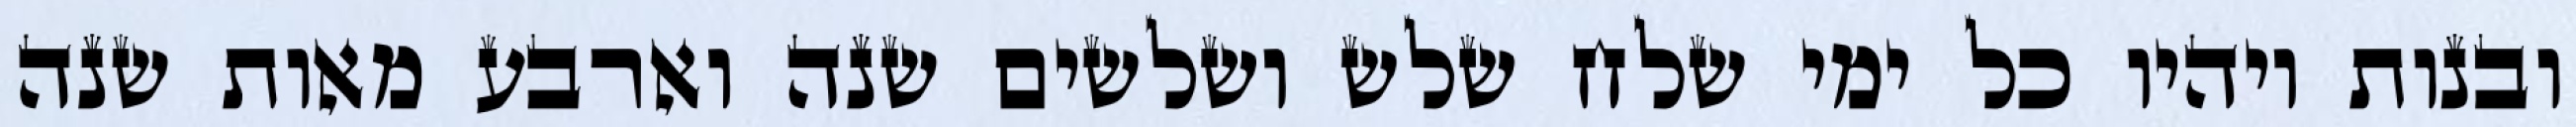
ובנות ויהיו כל ימי שלח שלש ושלשים שנה וארבע מאות שנה